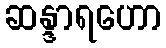
ဆန္ဒာရဟော